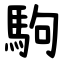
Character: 駒